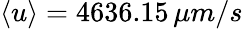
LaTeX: \langle u\rangle=4636.15\, \mu m/s